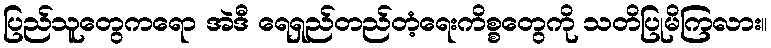
ပြည်သူတွေကရော အဲဒီ ရေရှည်တည်တံ့ရေးကိစ္စတွေကို သတိပြုမိကြလား။